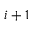
i + 1